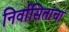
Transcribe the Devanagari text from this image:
निर्वासितांचा